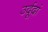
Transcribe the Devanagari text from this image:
उर्दूदां